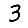
Digit: 3